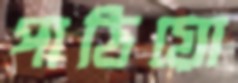
পাঠিয়ো